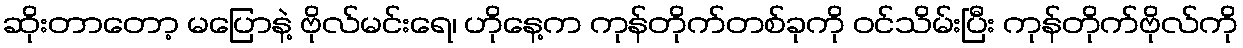
ဆိုးတာတော့ မပြောနဲ့ ဗိုလ်မင်းရေ၊ ဟိုနေ့က ကုန်တိုက်တစ်ခုကို ဝင်သိမ်းပြီး ကုန်တိုက်ဗိုလ်ကို